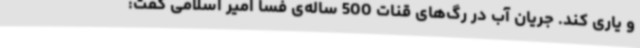
و یاری کند. جریان آب در رگ‌های قنات 500 ساله‌ی فسا امیر اسلامی گفت: